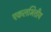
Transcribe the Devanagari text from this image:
एकलभित्तीय